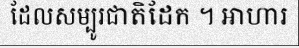
ដែលសម្បូរជាតិដែក ។ អាហារ